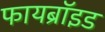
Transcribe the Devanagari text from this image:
फायब्रॉइड